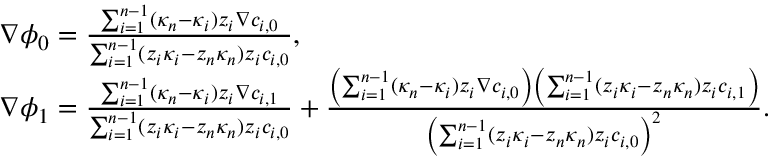
\begin{array} { r l } & { \nabla \phi _ { 0 } = \frac { \sum _ { i = 1 } ^ { n - 1 } ( \kappa _ { n } - \kappa _ { i } ) z _ { i } \nabla c _ { i , 0 } } { \sum _ { i = 1 } ^ { n - 1 } ( z _ { i } \kappa _ { i } - z _ { n } \kappa _ { n } ) z _ { i } c _ { i , 0 } } , } \\ & { \nabla \phi _ { 1 } = \frac { \sum _ { i = 1 } ^ { n - 1 } ( \kappa _ { n } - \kappa _ { i } ) z _ { i } \nabla c _ { i , 1 } } { \sum _ { i = 1 } ^ { n - 1 } ( z _ { i } \kappa _ { i } - z _ { n } \kappa _ { n } ) z _ { i } c _ { i , 0 } } + \frac { \left( \sum _ { i = 1 } ^ { n - 1 } ( \kappa _ { n } - \kappa _ { i } ) z _ { i } \nabla c _ { i , 0 } \right) \left( \sum _ { i = 1 } ^ { n - 1 } ( z _ { i } \kappa _ { i } - z _ { n } \kappa _ { n } ) z _ { i } c _ { i , 1 } \right) } { \left( \sum _ { i = 1 } ^ { n - 1 } ( z _ { i } \kappa _ { i } - z _ { n } \kappa _ { n } ) z _ { i } c _ { i , 0 } \right) ^ { 2 } } . } \end{array}